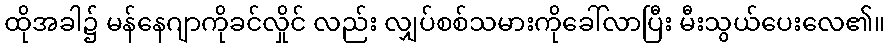
ထိုအခါ၌ မန်နေဂျာကိုခင်လှိုင် လည်း လျှပ်စစ်သမားကိုခေါ်လာပြီး မီးသွယ်ပေးလေ၏။